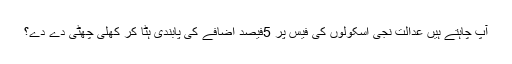
آپ چاہتے ہیں عدالت نجی اسکولوں کی فیس پر 5فیصد اضافے کی پابندی ہٹا کر کھلی چھٹی دے دے؟